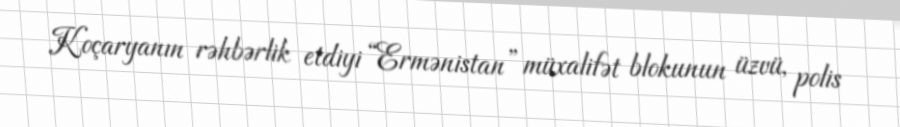
Koçaryanın rəhbərlik etdiyi “Ermənistan” müxalifət blokunun üzvü, polis